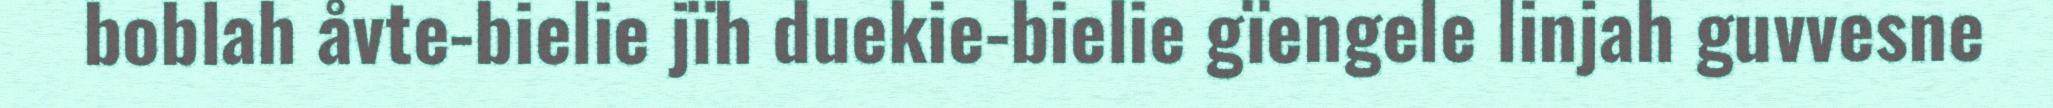
boblah åvte-bielie jïh duekie-bielie gïengele linjah guvvesne